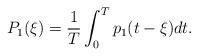
LaTeX: \begin{align*} P_1(\xi)=\frac{1}{T}\int_{0}^{T}p_1(t-\xi)dt.\end{align*}